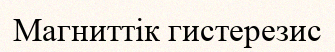
Магниттік гистерезис